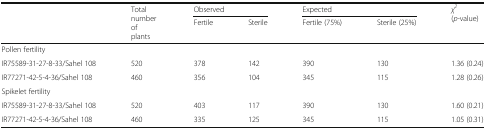
<table><thead><tr><td rowspan="2"></td><td rowspan="2"><b>Total number of plants</b></td><td colspan="2"><b>Observed</b></td><td colspan="2"><b>Expected</b></td><td rowspan="2"><b><i>χ</i><sup><i>2</i></sup>(<i>p</i>-value)</b></td></tr><tr><td><b>Fertile</b></td><td><b>Sterile</b></td><td><b>Fertile (75%)</b></td><td><b>Sterile (25%)</b></td></tr></thead><tbody><tr><td>Pollen fertility</td><td></td><td></td><td></td><td></td><td></td><td></td></tr><tr><td>IR75589-31-27-8-33/Sahel 108</td><td>520</td><td>378</td><td>142</td><td>390</td><td>130</td><td>1.36 (0.24)</td></tr><tr><td>IR77271-42-5-4-36/Sahel 108</td><td>460</td><td>356</td><td>104</td><td>345</td><td>115</td><td>1.28 (0.26)</td></tr><tr><td>Spikelet fertility</td><td></td><td></td><td></td><td></td><td></td><td></td></tr><tr><td>IR75589-31-27-8-33/Sahel 108</td><td>520</td><td>403</td><td>117</td><td>390</td><td>130</td><td>1.60 (0.21)</td></tr><tr><td>IR77271-42-5-4-36/Sahel 108</td><td>460</td><td>335</td><td>125</td><td>345</td><td>115</td><td>1.05 (0.31)</td></tr></tbody></table>